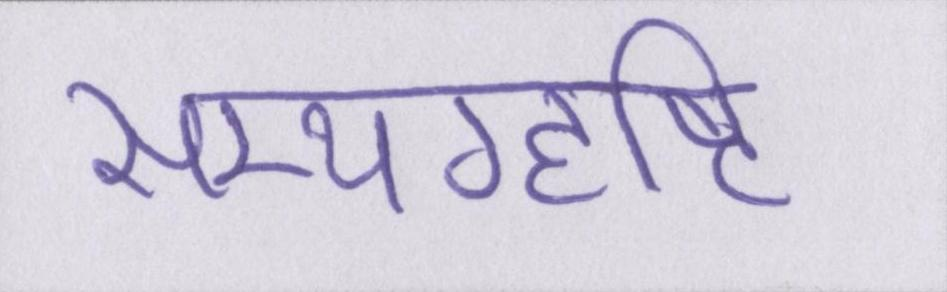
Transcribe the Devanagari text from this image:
सम्यग्दृष्टि